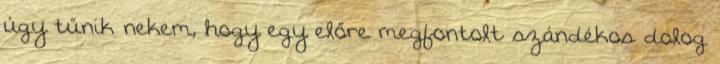
úgy tűnik nekem, hogy egy előre megfontolt szándékos dolog